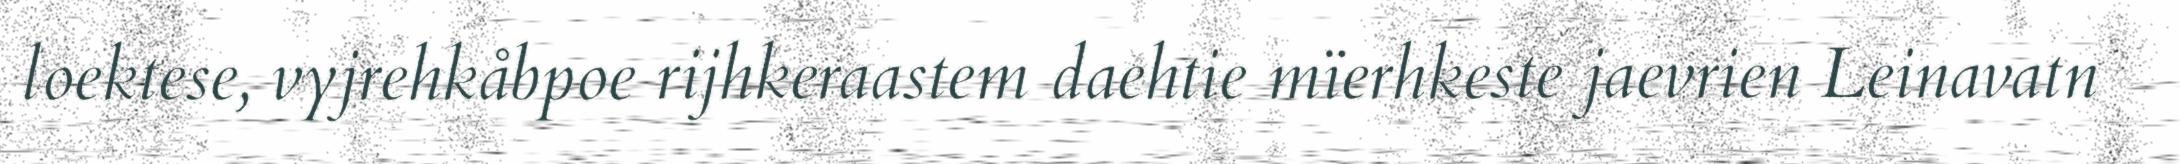
loektese, vyjrehkåbpoe rijhkeraastem daehtie mïerhkeste jaevrien Leinavatn